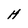
Character: H